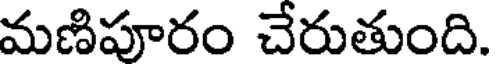
మణిపూరం చేరుతుంది.